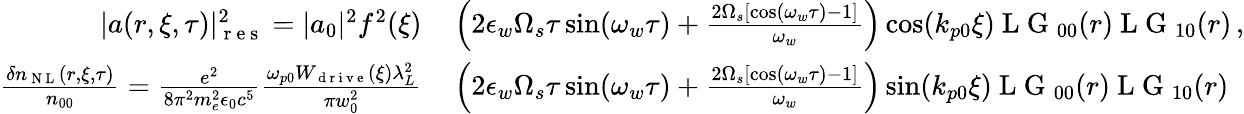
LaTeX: \begin{array}{rl}{|a(r,\xi,\tau)|_{\mathrm{~r~e~s~}}^{2}=|a_{0}|^{2}f^{2}(\xi)}&{{}\left(2\epsilon_{w}\Omega_{s}\tau\sin(\omega_{w}\tau)+\frac{2\Omega_{s}\left[\cos(\omega_{w}\tau)-1\right]}{\omega_{w}}\right)\cos(k_{p0}\xi)\mathrm{~L~G~}_{00}(r)\mathrm{~L~G~}_{10}(r)\, ,}\\ {\frac{\delta n_{\mathrm{~N~L~}}(r,\xi,\tau)}{n_{00}}=\frac{e^{2}}{8\pi^{2}m_{e}^{2}\epsilon_{0}c^{5}}\frac{\omega_{p0}W_{\mathrm{~d~r~i~v~e~}}(\xi)\lambda_{L}^{2}}{\pi w_{0}^{2}}}&{{}\left(2\epsilon_{w}\Omega_{s}\tau\sin(\omega_{w}\tau)+\frac{2\Omega_{s}\left[\cos(\omega_{w}\tau)-1\right]}{\omega_{w}}\right)\sin(k_{p0}\xi)\mathrm{~L~G~}_{00}(r)\mathrm{~L~G~}_{10}(r)}\end{array}